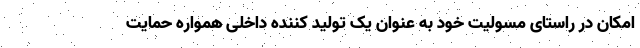
امکان در راستای مسٔولیت خود به عنوان یک تولید کننده داخلی همواره حمایت